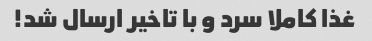
غذا کاملا سرد و با تاخیر ارسال شد!